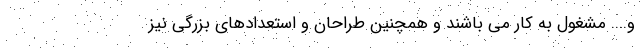
و.... مشغول به کار می باشند و همچنین طراحان و استعدادهای بزرگی نیز